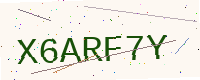
Text: X6ARF7Y